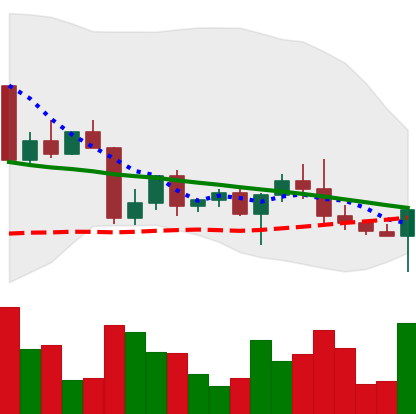
Ticker: ETH-USD
Chart end date: 2022-04-25
Forward return: -9.278%
Label: down_7plus